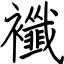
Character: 襳